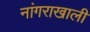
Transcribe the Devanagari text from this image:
नांगराखाली